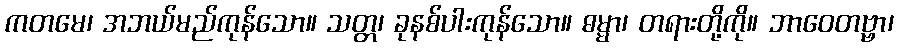
ကတမေ၊ အဘယ်မည်ကုန်သော။ သတ္တ၊ ခုနစ်ပါးကုန်သော။ ဓမ္မာ၊ တရားတို့ကို။ ဘာဝေတဗ္ဗာ၊